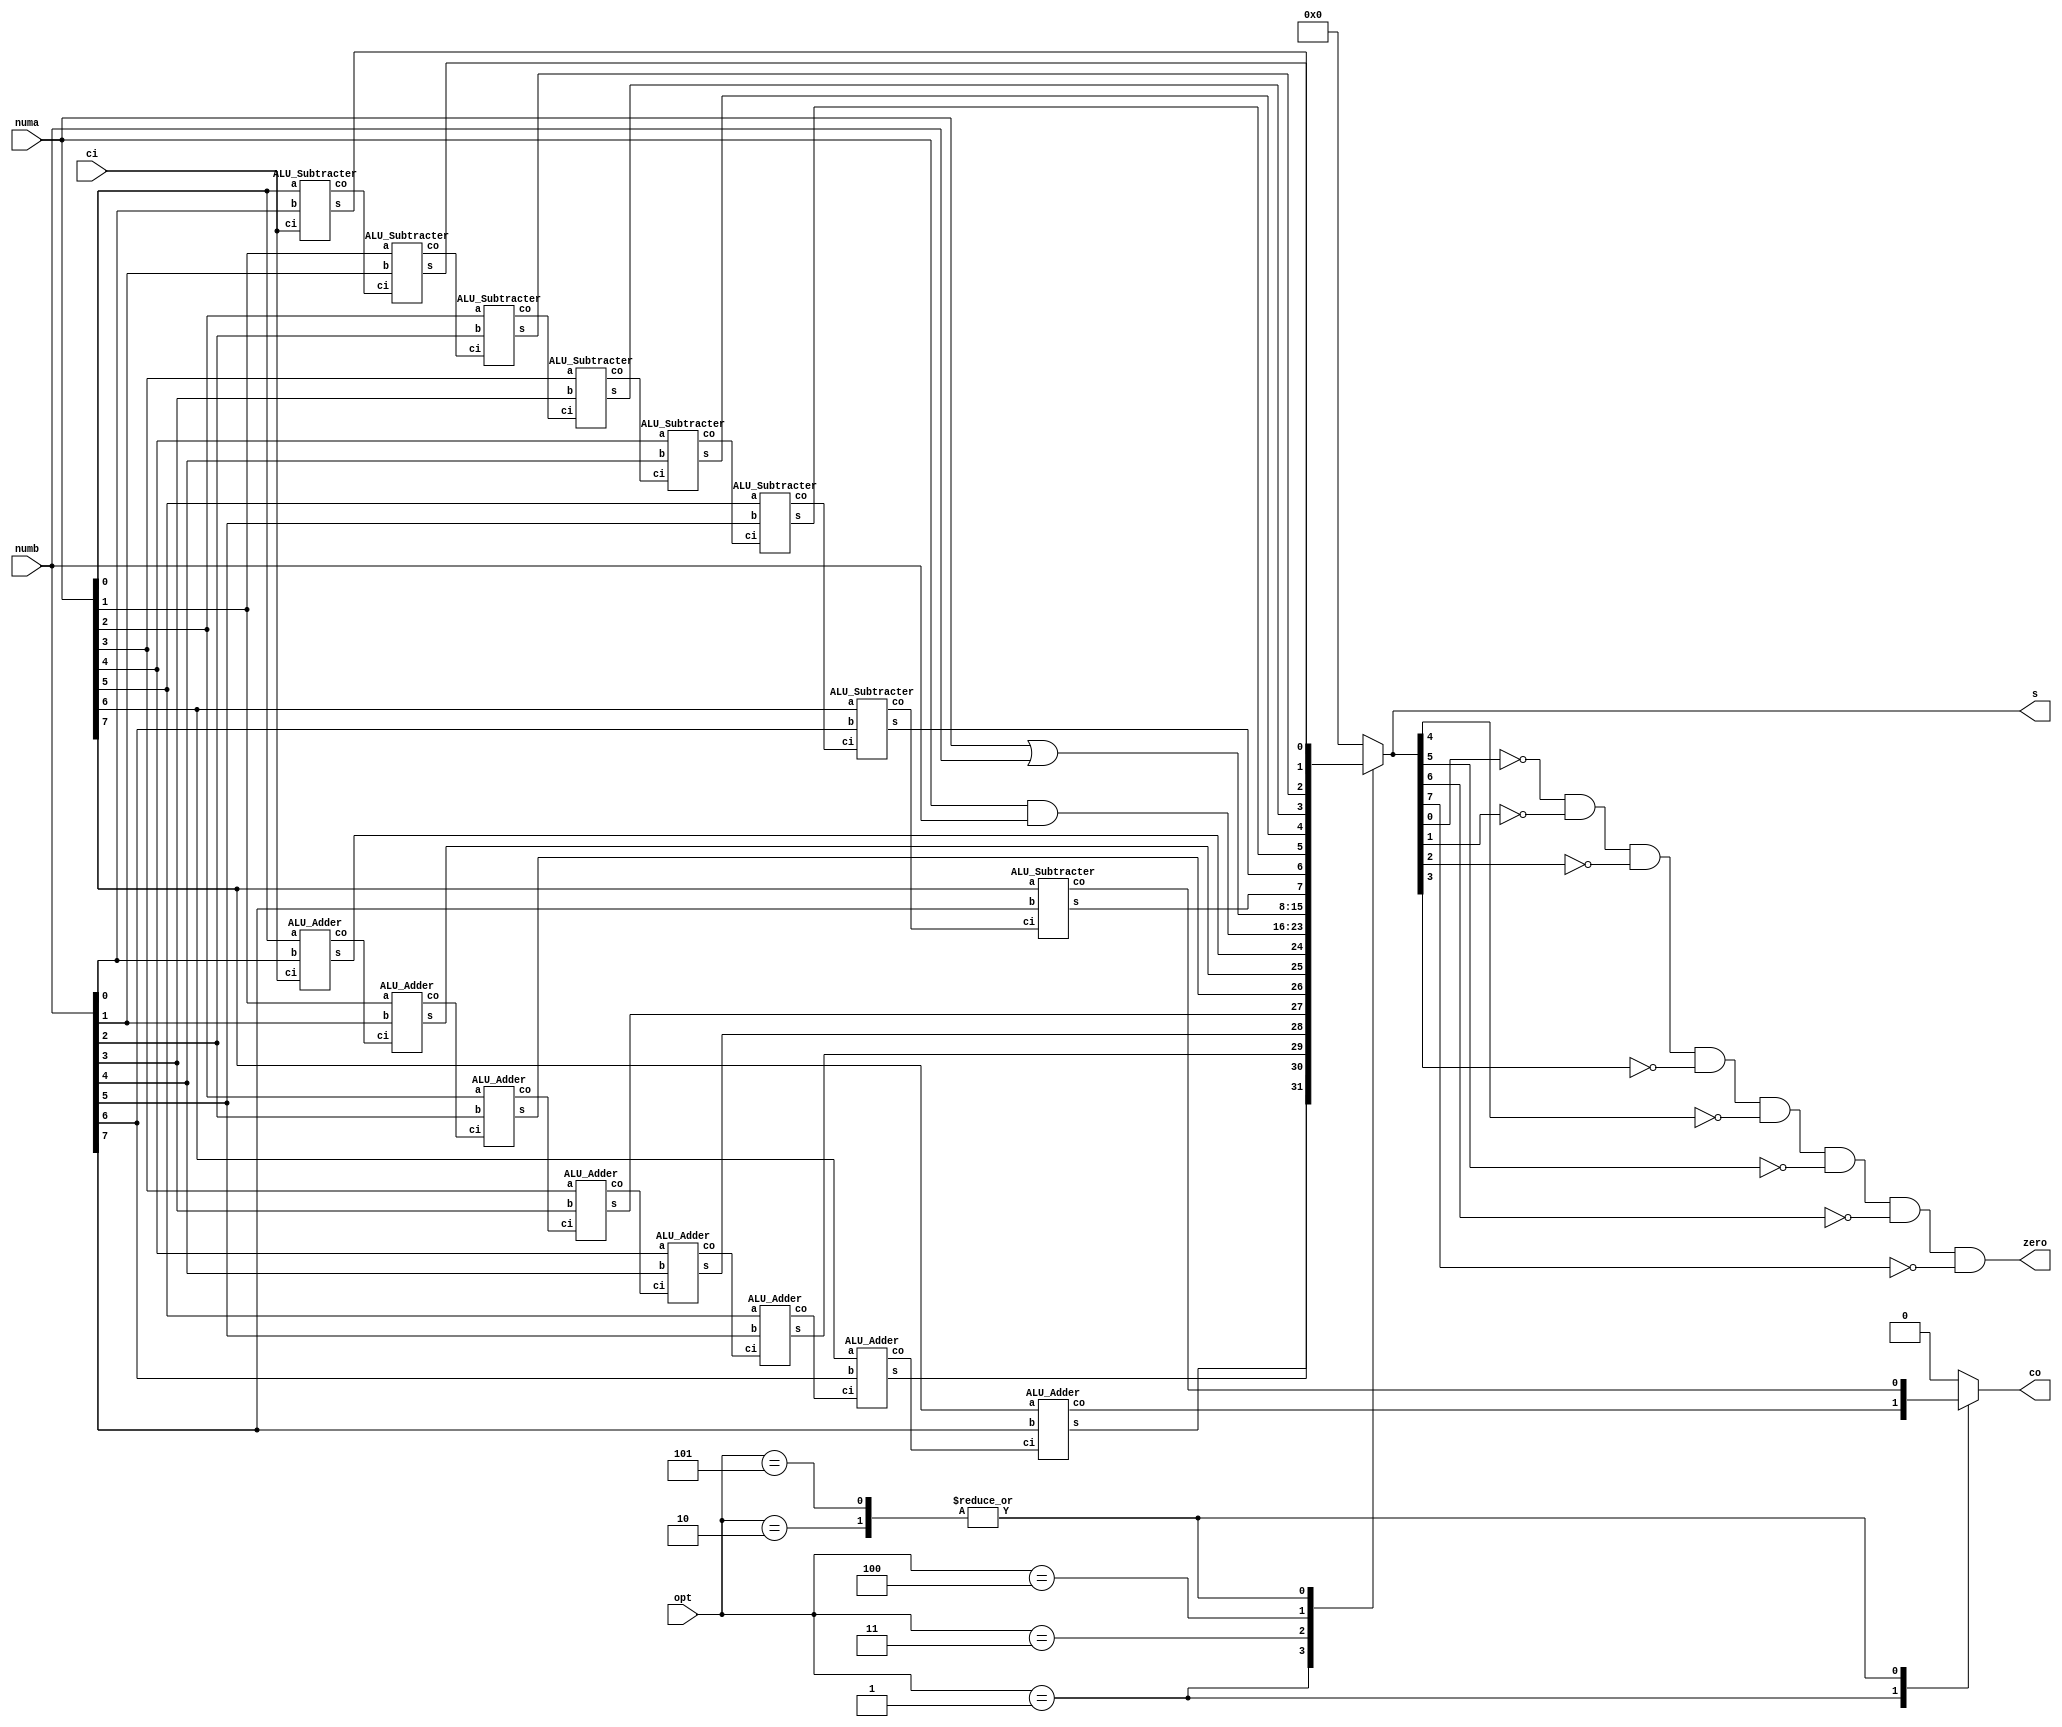
module ALU(
	input      [2:0] opt,
	input      [7:0] numa,
	input      [7:0] numb,
	input            ci,
	output reg [7:0] s,
	output           zero,
	output reg       co
);

/* Registers */
	parameter OPT_NULL = 0, OPT_ADD = 1, OPT_SUB = 2, OPT_AND = 3, OPT_ORR = 4, OPT_CMP = 5;
/* Wires */
	wire[7:0] s1;
	wire[7:0] ct1;
	wire[7:0] s2;
	wire[7:0] ct2;

/* Instances of the full adder */
	ALU_Adder ia0(.a(numa[0]), .b(numb[0]), .ci(ci),     .s(s1[0]), .co(ct1[0]));
	ALU_Adder ia1(.a(numa[1]), .b(numb[1]), .ci(ct1[0]), .s(s1[1]), .co(ct1[1]));
	ALU_Adder ia2(.a(numa[2]), .b(numb[2]), .ci(ct1[1]), .s(s1[2]), .co(ct1[2]));
	ALU_Adder ia3(.a(numa[3]), .b(numb[3]), .ci(ct1[2]), .s(s1[3]), .co(ct1[3]));
	ALU_Adder ia4(.a(numa[4]), .b(numb[4]), .ci(ct1[3]), .s(s1[4]), .co(ct1[4]));
	ALU_Adder ia5(.a(numa[5]), .b(numb[5]), .ci(ct1[4]), .s(s1[5]), .co(ct1[5]));
	ALU_Adder ia6(.a(numa[6]), .b(numb[6]), .ci(ct1[5]), .s(s1[6]), .co(ct1[6]));
	ALU_Adder ia7(.a(numa[7]), .b(numb[7]), .ci(ct1[6]), .s(s1[7]), .co(ct1[7]));

/* Instances of the full subtracter */
	ALU_Subtracter is0(.a(numa[0]), .b(numb[0]), .ci(ci),     .s(s2[0]), .co(ct2[0]));
	ALU_Subtracter is1(.a(numa[1]), .b(numb[1]), .ci(ct2[0]), .s(s2[1]), .co(ct2[1]));
	ALU_Subtracter is2(.a(numa[2]), .b(numb[2]), .ci(ct2[1]), .s(s2[2]), .co(ct2[2]));
	ALU_Subtracter is3(.a(numa[3]), .b(numb[3]), .ci(ct2[2]), .s(s2[3]), .co(ct2[3]));
	ALU_Subtracter is4(.a(numa[4]), .b(numb[4]), .ci(ct2[3]), .s(s2[4]), .co(ct2[4]));
	ALU_Subtracter is5(.a(numa[5]), .b(numb[5]), .ci(ct2[4]), .s(s2[5]), .co(ct2[5]));
	ALU_Subtracter is6(.a(numa[6]), .b(numb[6]), .ci(ct2[5]), .s(s2[6]), .co(ct2[6]));
	ALU_Subtracter is7(.a(numa[7]), .b(numb[7]), .ci(ct2[6]), .s(s2[7]), .co(ct2[7]));

/* Output */
	always @ ( * ) begin
		case (opt)
			OPT_ADD: begin s <= s1;     co <= ct1[7]; end
			OPT_SUB: begin s <= s2;     co <= ct2[7]; end
			OPT_AND: begin s <= numa & numb; co <= 0; end
			OPT_ORR: begin s <= numa | numb; co <= 0; end
			OPT_CMP: begin s <= s2;     co <= ct2[7]; end
			default: begin s <= 0;            co <=0; end
		endcase
	end

/* Zero Check */
	assign zero = (~s[0] & ~s[1] & ~s[2] & ~s[3] & ~s[4] & ~s[5] & ~s[6] & ~s[7]);

endmodule

/* Module of Adder and Subtracter */
module ALU_Adder(
	input  a, b, ci,
	output s, co
);
	assign s = a ^ b ^ ci;
	assign co = ((a & b) | (a & ci) | (b & ci));
endmodule
module ALU_Subtracter(
	input  a, b, ci,
	output s, co
);
	assign s = ((~a & ~b & ci) | (~a & b & ~ci) | (a & ~b & ~ci) | (a & b & ci));
	assign co = ((~a & b) | (~a & ci) | (b & ci));
endmodule